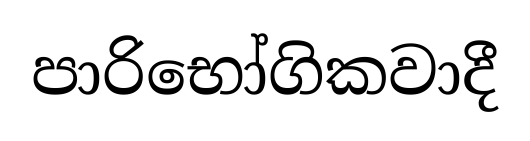
පාරිභෝගිකවාදී